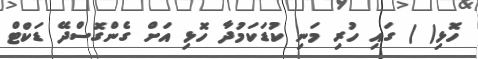
ހޮޅި( ) ގައި ހުރި މަނި ކުޑަކަމުދާ ހޮޅި އަށް ގެންގޮސްދޭ ޑަކްޓް